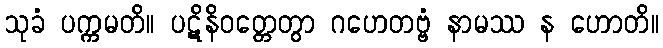
သုခံ ပက္ကမတိ။ ပဋိနိဝတ္တေတွာ ဂဟေတဗ္ဗံ နာမဿ န ဟောတိ။